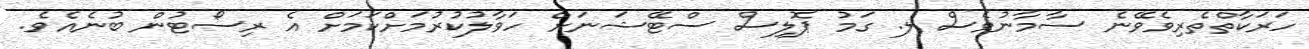
ހަރަކާތްތެރިވެވޭނެ ސާމާނުވެސް ލ. ގަމު ޕޮލިސް ސްޓޭޝަނަށް ހަވާލުކުރުމަށްކަމަށް އެ ރިސޯޓުން ބުނެއެވެ.